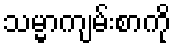
သမ္မာကျမ်းစာကို